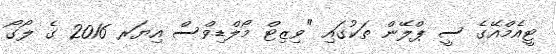
ޓީއެމްއޭގެ ސީ ޕްލޭން ތަކުގައި "ވިޒިޓް މޯލްޑިވްސް އިޔަރ 2016 ގެ ލޯގޯ